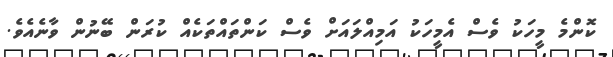
ކޮންމެ މީހަކު ވެސް އެމީހަކު އަމިއްލައަށް ވެސް ކަންތައްތަކެއް ކުރަން ބޭނުން ވާނެއެވެ.